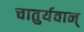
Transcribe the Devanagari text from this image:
चातुर्यवान्